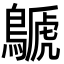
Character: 鷈